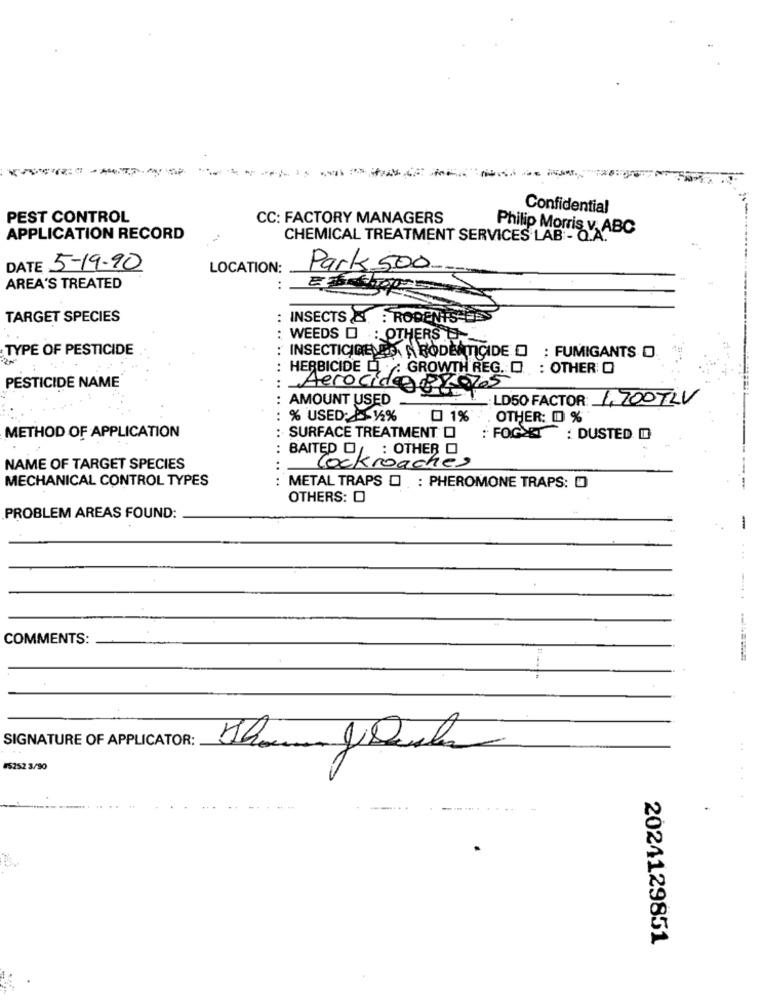
.------------
Confidential
PEST CONTROL
CC: FACTORY MANAGERS
APPLICATION RECORD
CHEMICAL TREATMENT SERVICES LAB - Q.A
Philip Morris v. ABC
DATE 5-19-90
LOCATION:
Park 500
AREA'S TREATED
...
TARGET SPECIES
..
INSECTS & . RODENTS
WEEDS D : OTHERS .
TYPE OF PESTICIDE
INSECTICIDENES ( RODENTICIDE O : FUMIGANTS O
: HERBICIDE DI .: GROWTH REG. O. : OTHER O
PESTICIDE NAME
Aerocide py als
....
AMOUNT USED
LD50 FACTOR: 1,700TLV
% USED: - 15%
0 1%
. OTHER: ₥ %
METHOD OF APPLICATION
: SURFACE TREATMENT O
: FOG>EI : DUSTED D
NAME OF TARGET SPECIES
..
BAITEDckroaches
MECHANICAL CONTROL TYPES
METAL TRAPS O . : PHEROMONE TRAPS: [
OTHERS: O
PROBLEM AREAS FOUND:
-
...
COMMENTS:
SIGNATURE OF APPLICATOR:
-
15252 3/90
......
2024129851